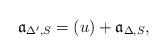
LaTeX: \begin{align*}\mathfrak{a}_{\Delta',S}=(u)+\mathfrak{a}_{\Delta,S},\end{align*}